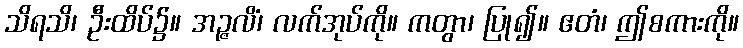
သိရသိ၊ ဦးထိပ်၌။ အဉ္ဇလိံ၊ လက်အုပ်ကို။ ကတွာ၊ ပြု၍။ ဧတံ၊ ဤစကားကို။